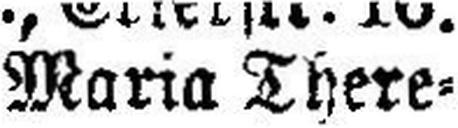
Maria There¬